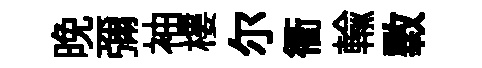
晩彌袖樓尓衢輸斁